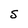
Character: S